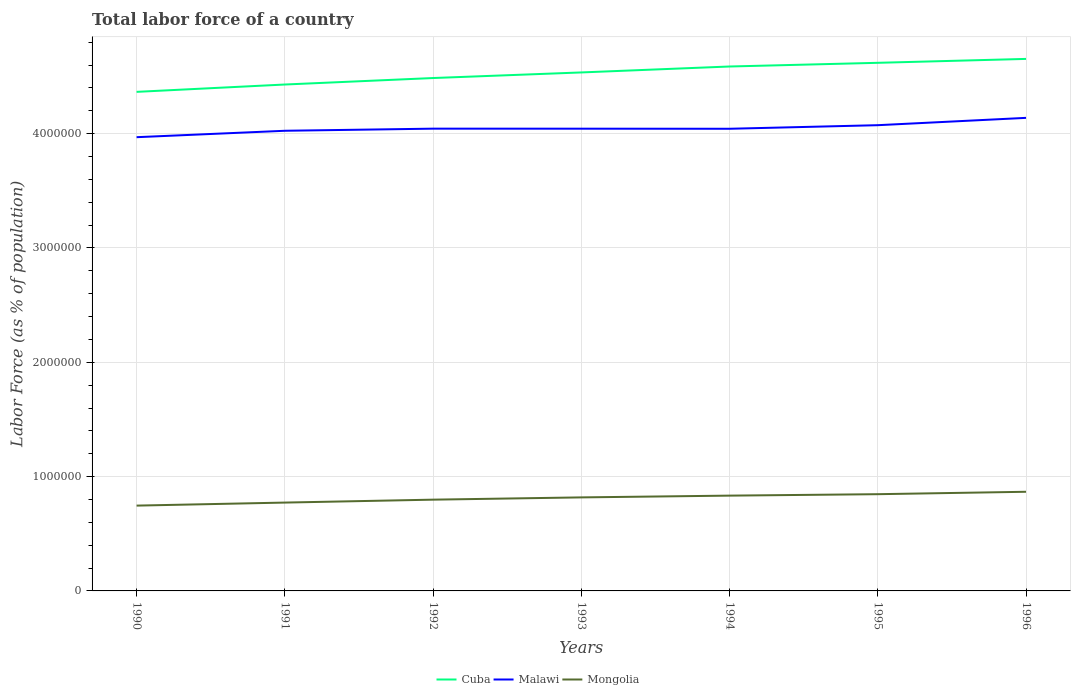
| Years | Cuba | Malawi | Mongolia |
 | --- | --- | --- | --- |
 | 1990 | 4.37e+06 | 3.97e+06 | 7.46e+05 |
 | 1991 | 4.43e+06 | 4.03e+06 | 7.73e+05 |
 | 1992 | 4.49e+06 | 4.04e+06 | 7.98e+05 |
 | 1993 | 4.54e+06 | 4.04e+06 | 8.18e+05 |
 | 1994 | 4.59e+06 | 4.04e+06 | 8.34e+05 |
 | 1995 | 4.62e+06 | 4.07e+06 | 8.46e+05 |
 | 1996 | 4.65e+06 | 4.14e+06 | 8.67e+05 |